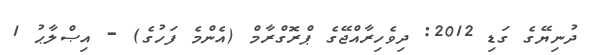
ދުނިޔޭގެ ގަޑި 2012: ދިވެހިރާއްޖޭގެ ޕްރޮގްރާމް (އެންމެ ފަހުގެ) - އިޞްލާޙު 1